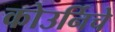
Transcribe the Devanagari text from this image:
कोउर्निचे